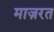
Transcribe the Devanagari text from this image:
माज़रत